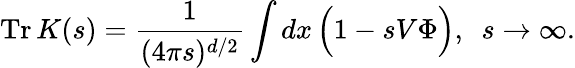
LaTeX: \mathrm{Tr}\, K(s)=\frac{1}{(4\pi s)^{d/2}}\int dx\, \Big(1-sV\Phi\Big),\, \, \, s\to\infty.